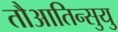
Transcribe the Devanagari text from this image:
तौआतिन्सुयु